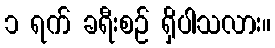
၁ ရက် ခရီးစဉ် ရှိပါသလား။